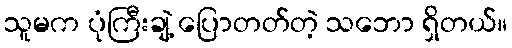
သူမက ပုံကြီးချဲ့ ပြောတတ်တဲ့ သဘော ရှိတယ်။